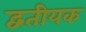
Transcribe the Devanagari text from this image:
द्वतीयक